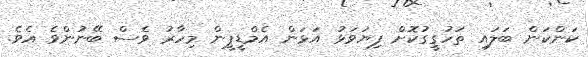
ކަންކަން ބަލައި ތަހުގީގުކޮށް ފިޔަވަޅު އަޅަން އެމްޑީޕީން މިހާރު ވެސް ބޭނުންވެ އެވެ.